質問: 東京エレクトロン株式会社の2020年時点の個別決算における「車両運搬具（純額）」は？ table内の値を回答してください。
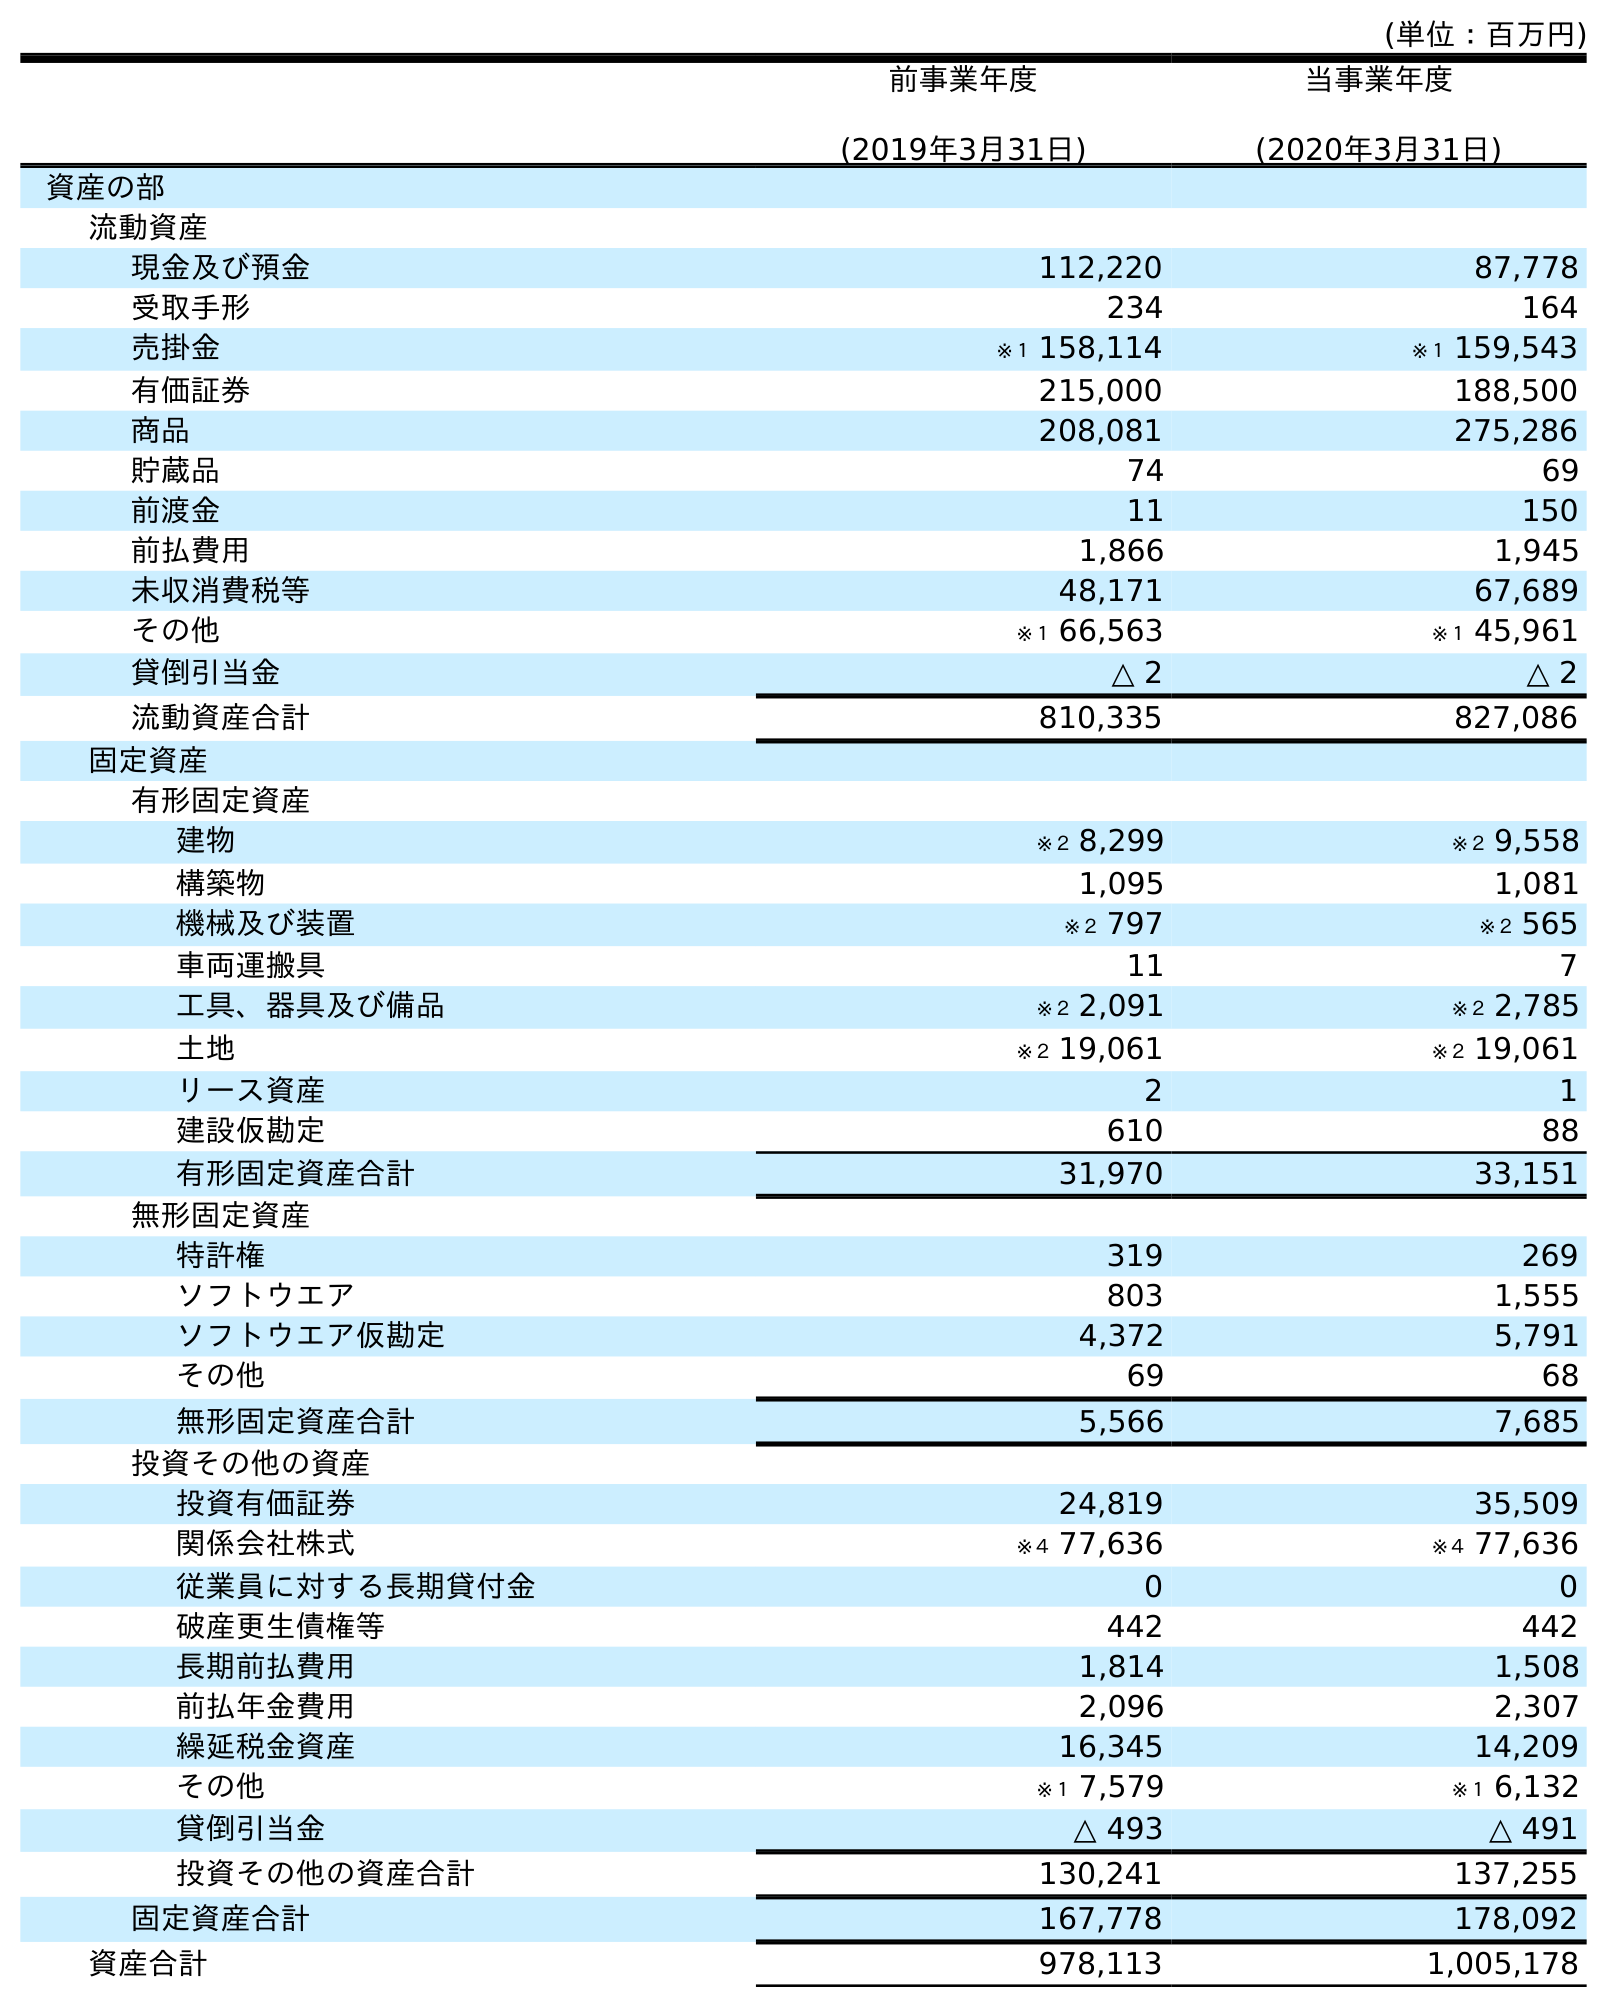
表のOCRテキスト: (単位：百万円) 前事業年度 (2019年3月31日) 当事業年度 (2020年3月31日) 資産の部 流動資産 現金及び預金 112,220 87,778 受取手形 234 164 売掛金 ※１ 158,114 ※１ 159,543 有価証券 215,000 188,500 商品 208,081 275,286 貯蔵品 74 69 前渡金 11 150 前払費用 1,866 1,945 未収消費税等 48,171 67,689 その他 ※１ 66,563 ※１ 45,961 貸倒引当金 △ 2 △ 2 流動資産合計 810,335 827,086 固定資産 有形固定資産 建物 ※２ 8,299 ※２ 9,558 構築物 1,095 1,081 機械及び装置 ※２ 797 ※２ 565 車両運搬具 11 7 工具、器具及び備品 ※２ 2,091 ※２ 2,785 土地 ※２ 19,061 ※２ 19,061 リース資産 2 1 建設仮勘定 610 88 有形固定資産合計 31,970 33,151 無形固定資産 特許権 319 269 ソフトウエア 803 1,555 ソフトウエア仮勘定 4,372 5,791 その他 69 68 無形固定資産合計 5,566 7,685 投資その他の資産 投資有価証券 24,819 35,509 関係会社株式 ※４ 77,636 ※４ 77,636 従業員に対する長期貸付金 0 0 破産更生債権等 442 442 長期前払費用 1,814 1,508 前払年金費用 2,096 2,307 繰延税金資産 16,345 14,209 その他 ※１ 7,579 ※１ 6,132 貸倒引当金 △ 493 △ 491 投資その他の資産合計 130,241 137,255 固定資産合計 167,778 178,092 資産合計 978,113 1,005,178
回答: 7